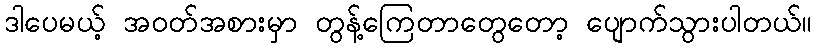
ဒါပေမယ့် အဝတ်အစားမှာ တွန့်ကြေတာတွေတော့ ပျောက်သွားပါတယ်။